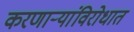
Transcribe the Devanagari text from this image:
करणार्‍यांविरोधात